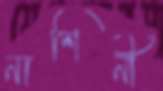
নাশিনী